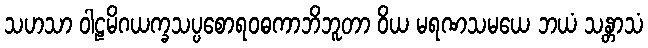
သဟသာ ဝါဠမိဂယက္ခသပ္ပစောရဝဓကာဘိဘူတာ ဝိယ မရဏသမယေ ဘယံ သန္တာသံ